Indian journal of veterinary science and animal husbandry - Volume 12,
Year: 1942
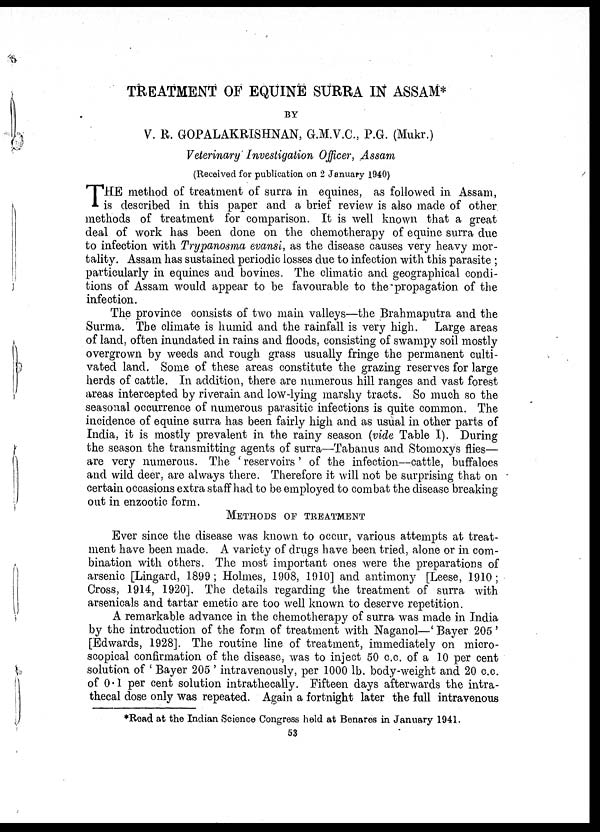
TREATMENT OF EQUINE SURRA IN ASSAM*
BY
V. R. GOPALAKRISHNAN, G.M.V.C., P.G. (Mukr.)
Veterinary Investigation Officer, Assam
(Received for publication on 2 January 1940)
T HE method of treatment of surra in equines, as followed in Assam,
is described in this paper and a brief review is also made of other
methods of treatment for comparison. It is well known that a great
deal of work has been done on the chemotherapy of equine surra due
to infection with Trypanosma evansi, as the disease causes very heavy mor-
tality. Assam has sustained periodic losses due to infection with this parasite ;
particularly in equines and bovines. The climatic and geographical condi-
tions of Assam would appear to be favourable to the propagation of the
infection.
The province consists of two main valleys—the Brahmaputra and the
Surma. The climate is humid and the rainfall is very high. Large areas
of land, often inundated in rains and floods, consisting of swampy soil mostly
overgrown by weeds and rough grass usually fringe the permanent culti-
vated land. Some of these areas constitute the grazing reserves for large
herds of cattle. In addition, there are numerous hill ranges and vast forest
areas intercepted by riverain and low-lying marshy tracts. So much so the
seasonal occurrence of numerous parasitic infections is quite common. The
incidence of equine surra has been fairly high and as usual in other parts of
India, it is mostly prevalent in the rainy season (vide Table I). During
the season the transmitting agents of surra—Tabanus and Stomoxys flies—
are very numerous. The 'reservoirs' of the infection—cattle, buffaloes
and wild deer, are always there. Therefore it will not be surprising that on
certain occasions extra staff had to be employed to combat the disease breaking
out in enzootic form.
METHODS OF TREATMENT
Ever since the disease was known to occur, various attempts at treat-
ment have been made. A variety of drugs have been tried, alone or in com-
bination with others. The most important ones were the preparations of
arsenic [Lingard, 1899 ; Holmes, 1908, 1910] and antimony [Leese, 1910 ;
Cross, 1914, 1920]. The details regarding the treatment of surra with
arsenicals and tartar emetic are too well known to deserve repetition.
A remarkable advance in the chemotherapy of surra was made in India
by the introduction of the form of treatment with Naganol—' Bayer 205 '
[Edwards, 1928]. The routine line of treatment, immediately on micro-
scopical confirmation of the disease, was to inject 50 c.c. of a 10 per cent
solution of ' Bayer 205 ' intravenously, per 1000 lb. body-weight and 20 c.c.
of 0.1 per cent solution intrathecally. Fifteen days afterwards the intra-
thecal dose only was repeated. Again a fortnight later the full intravenous
*Read at the Indian Science Congress held at Benares in January 1941.
53